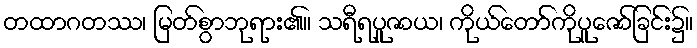
တထာဂတဿ၊ မြတ်စွာဘုရား၏။ သရီရပူဇာယ၊ ကိုယ်တော်ကိုပူဇော်ခြင်း၌။